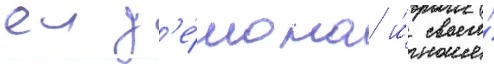
еи д'е́мона и́ своего́